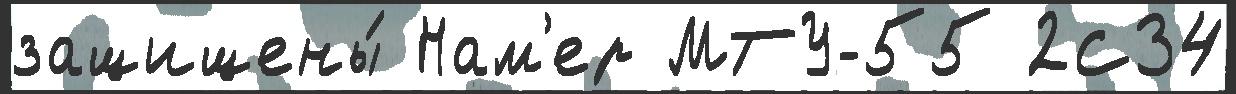
защищены́ Нам'ер МТУ-55 2С34